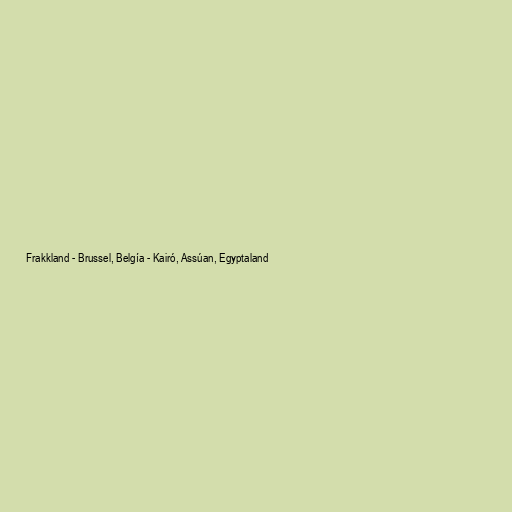
Frakkland - Brussel, Belgía - Kairó, Assúan, Egyptaland